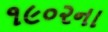
૧૯૦૨ના